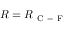
R = R _ { \mathrm { ~ C ~ - ~ F ~ } }